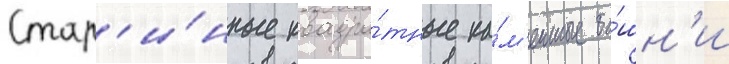
Стар'и́нные квадра́тные ка́м'енные ба́шн'и